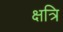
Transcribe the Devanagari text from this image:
क्षत्रि